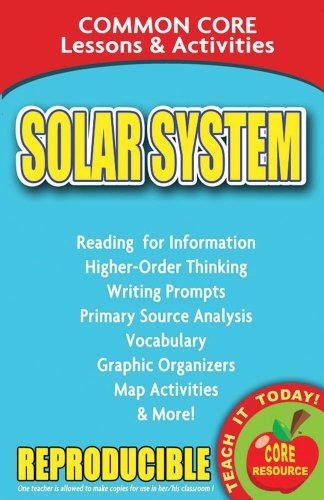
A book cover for Solar System: Common Core Lessons & Activities; Carole Marsh; Science & Math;